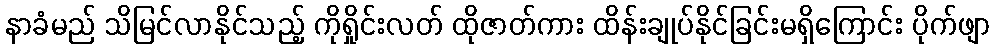
နာခံမည် သိမြင်လာနိုင်သည့် ကိုရှိုင်းလတ် ထိုဇာတ်ကား ထိန်းချုပ်နိုင်ခြင်းမရှိကြောင်း ပိုက်ဖျာ